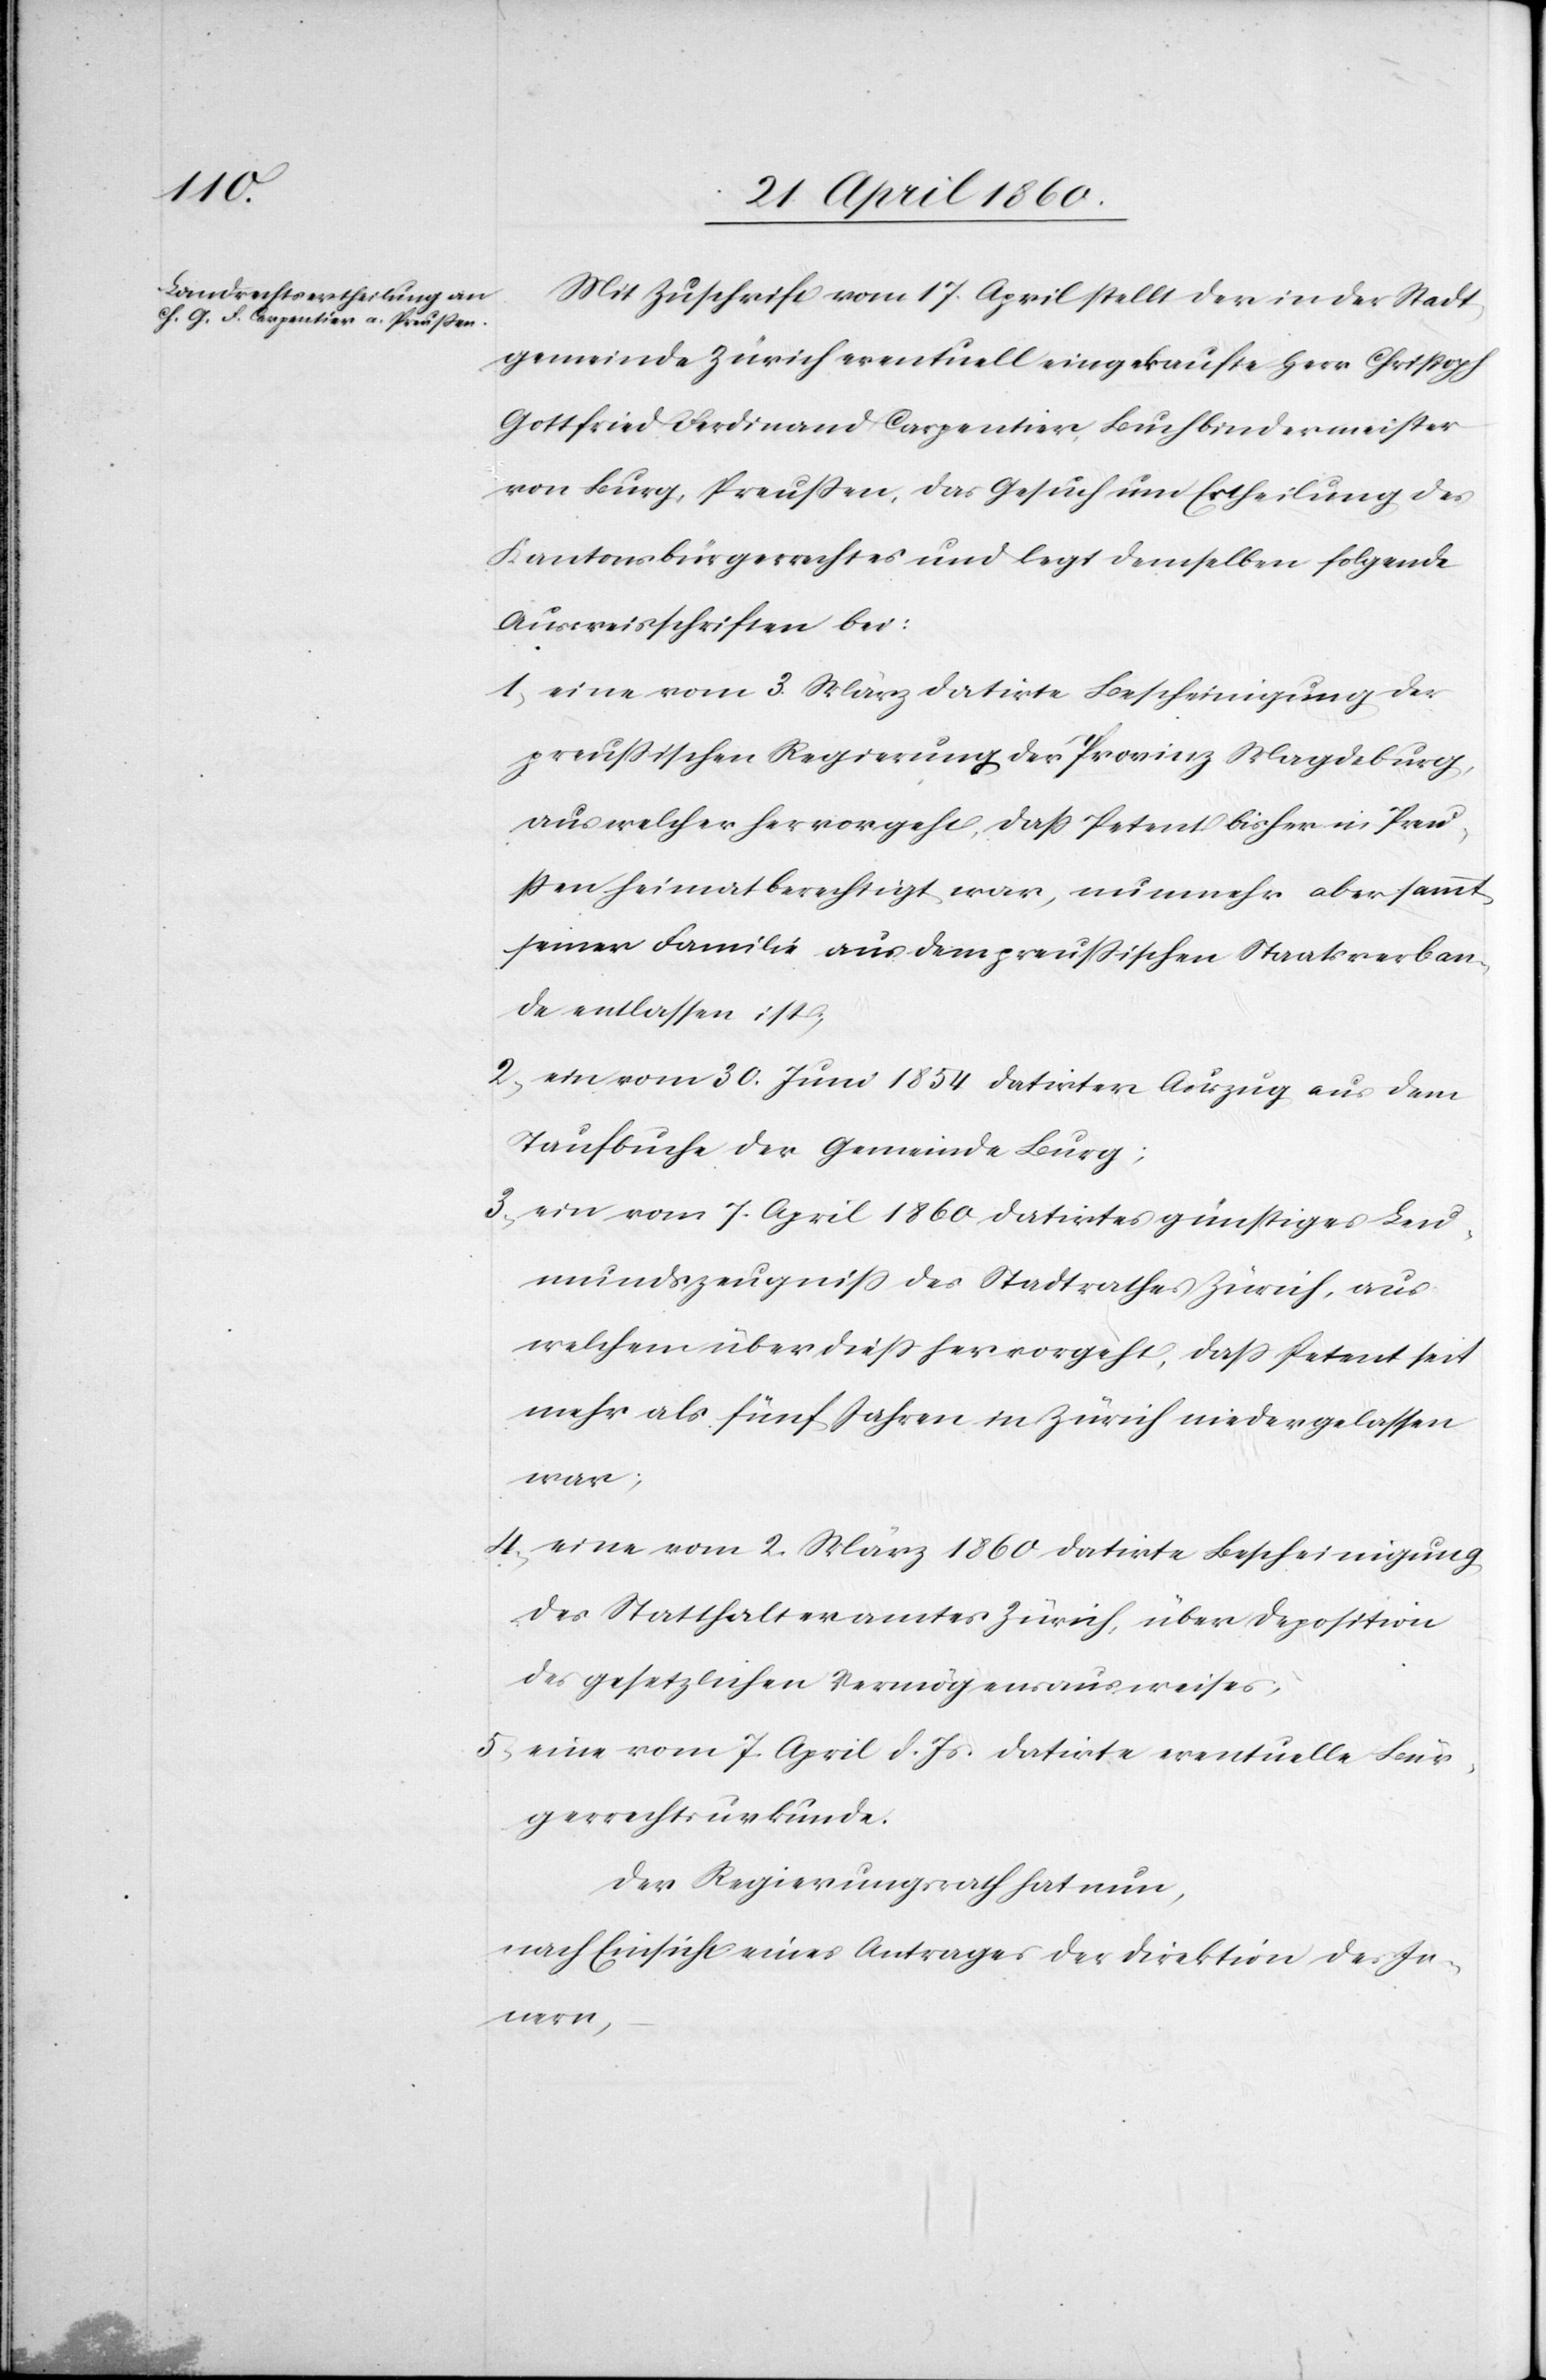
Mit Zuschrift vom 17. April stellt der in der Stadt¬
gemeinde Zürich eventuell eingekaufte Herr Christoph
Gottfried Ferdinand Carpentier, Buchbindermeister
von Burg, Preussen, das Gesuch um Ertheilung des
Kantonsbürgerrechtes und legt demselben folgende
Ausweisschriften bei:
1. eine vom 3. März datirte Bescheinigung der
preussischen Regierung der Provinz Magdeburg,
aus welcher hervorgeht, dass Petent bisher in Preu¬
ssen heimatberechtigt war, nunmehr aber sammt
seiner Familie aus dem preussischen Staatsverban¬
de entlassen ist;
2. ein vom 30. Juni 1854 datirter Auszug aus dem
Taufbuche der Gemeinde Burg;
3. ein vom 7. April 1860 datirtes günstiges Leu¬
mundszeugniss des Stadtrathes Zürich, aus
welchem über diess hervorgeht, dass Petent seit
mehr als fünf Jahren in Zürich niedergelassen
war;
4. eine vom 2. März 1860 datirte Bescheinigung
des Statthalteramtes Zürich, über Deposition
des gesetzlichen Vermögensausweises,
5. eine vom 7. April d. Js. datirte eventuelle Bür¬
gerrechtsurkunde.
Der Regierungsrath hat nun;
nach Einsicht eines Antrages der Direktion des In¬
nern,